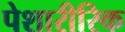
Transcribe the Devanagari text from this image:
पेशारीरिक